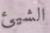
الشيئ